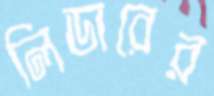
লিডারের